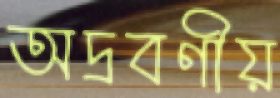
অদ্রবণীয়